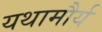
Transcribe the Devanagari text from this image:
यथामौर्य